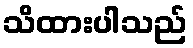
သိထားပါသည်